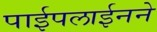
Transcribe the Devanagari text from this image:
पाईपलाईनने